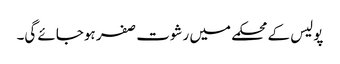
پولیس کے محکمے میں رشوت صفر ہوجائے گی۔